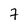
Character: 7